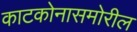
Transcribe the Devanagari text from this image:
काटकोनासमोरील